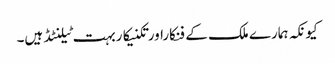
کیونکہ ہمارے ملک کے فنکاراورتکنیکاربہت ٹیلنٹڈ ہیں۔